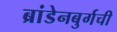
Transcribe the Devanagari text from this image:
ब्रांडेनबुर्गची